Report on the working of the Ranchi Indian Mental Hospital, Kanke, in Bihar and Orissa - 1930-1940
Year: 1930
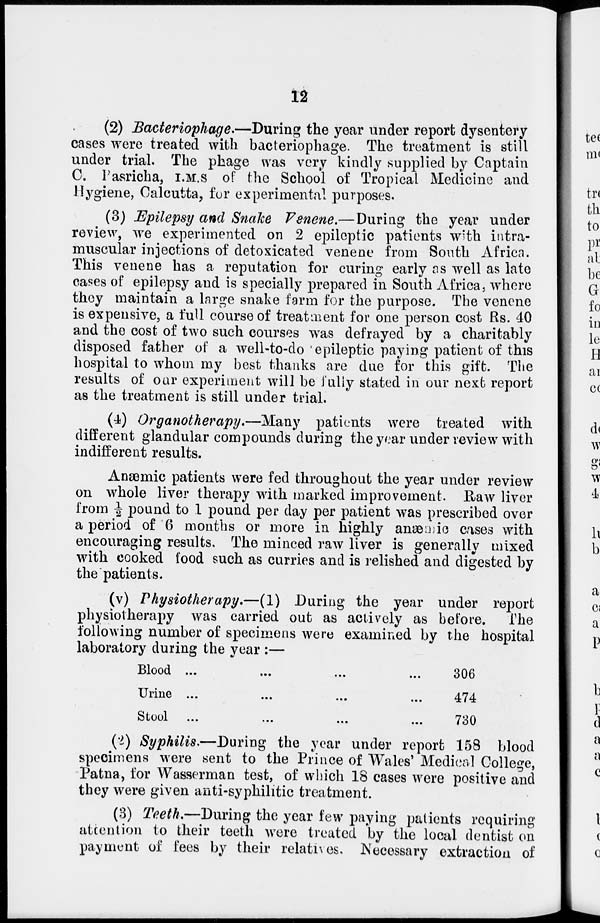
12
(2) Bacteriophage.—During the year under report dysentery
cases were treated with bacteriophage. The treatment is still
under trial. The phage was very kindly supplied by Captain
C. Pasricha, I.M.S of the School of Tropical Medicine and
Hygiene, Calcutta, for experimental purposes.
(3) Epilepsy and Snake Venene.— During the year under
review, we experimented on 2 epileptic patients with intra-
muscular injections of detoxicated venene from South Africa.
This venene has a reputation for curing early as well as late
cases of epilepsy and is specially prepared in South Africa, where
they maintain a large snake farm for the purpose. The venene
is expensive, a full course of treatment for one person cost Rs. 40
and the cost of two such courses was defrayed by a charitably
disposed father of a well-to-do epileptic paying patient of this
hospital to whom my best thanks are due for this gift. The
results of our experiment will be fully stated in our next report
as the treatment is still under trial.
(1) Organotherapy.—Many
patients were treated with
different glandular compounds during the year under review with
indifferent results.
Anæmic patients were fed throughout the year under review
on whole liver therapy with marked improvement. Raw liver
from ½ pound to 1 pound per day per patient was prescribed over
a period of 6 months or more in highly anæmic cases with
encouraging results. The minced raw liver is generally mixed
with cooked food such as curries and is relished and digested by
the patients.
(v) Physiotherapy.—(1)
During the year under report
physiotherapy was carried out as actively as before.
The
following number of specimens were examined by the hospital
laboratory during the year :—
Blood
...
...
...
...
Urine
...
...
...
...
Stool
...
...
...
...
306
474
730
(2) Syphilis.—During
the year under report 158 blood
specimens were sent to the Prince of Wales' Medical College,
Patna, for Wasserman test, of which 18 cases were positive and
they were given anti-syphilitic treatment.
(3) Teeth.—During the year few paying patients requiring
attention to their teeth were treated by the local dentist on
payment of fees by their relatives. Necessary extraction of